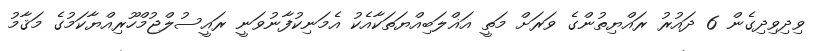
ވިދިވިދިގެން 6 ދައުރު ރައްޔިތުންގެ ވަރަށް މަތީ އަޣްލަބިއްޔަތަކާއެކު އެމަނިކުފާނުވަނީ ރައީސުލްޖުމްހޫރިއްޔާކަމުގެ މަޤާމު